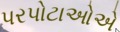
પરપોટાઓએ